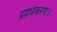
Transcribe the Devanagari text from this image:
प्राधिकरण।